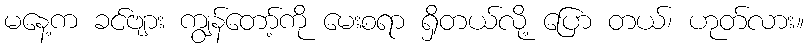
မနေ့က ခင်ဗျား ကျွန်တော့်ကို မေးစရာ ရှိတယ်လို့ ပြော တယ်၊ ဟုတ်လား။